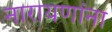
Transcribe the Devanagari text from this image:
नारायणांना